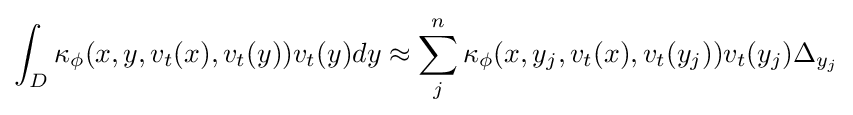
\int _{D}\kappa _{\phi }(x,y,v_{t}(x),v_{t}(y))v_{t}(y)dy\approx \sum _{j}^{n}\kappa _{\phi }(x,y_{j},v_{t}(x),v_{t}(y_{j}))v_{t}(y_{j})\Delta _{y_{j}}